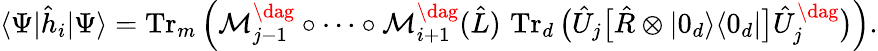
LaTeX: \langle\Psi|\hat{h}_{i}|\Psi\rangle=\operatorname{Tr}_{m}\Big(\mathcal{M}_{j-1}^{\dag}\circ\dotsb\circ\mathcal{M}_{i+1}^{\dag}(\hat{L})\, \operatorname{Tr}_{d}\big(\hat{U}_{j}\big[\hat{R}\otimes|0_{d}\rangle\langle 0_{d}|\big]\hat{U}_{j}^{\dag}\big)\Big).